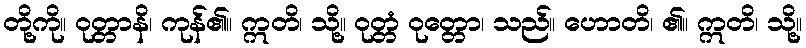
တို့ကို။ ဝုတ္တာနိ၊ ကုန်၏။ ဣတိ၊ သို့။ ဝုတ္တံ ဝုတ္တော၊ သည်။ ဟောတိ၊ ၏။ ဣတိ၊ သို့။